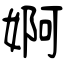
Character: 婀